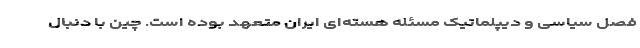
فصل سیاسی و دیپلماتیک مسئله هسته‌ای ایران متعهد بوده است. چین با دنبال